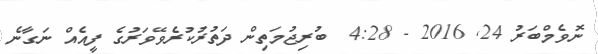
ނޮވެމްބަރު 24